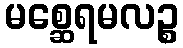
မစ္ဆေရမလဉ္စ